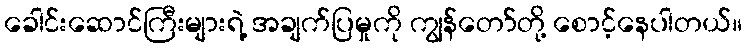
ခေါင်းဆောင်ကြီးများရဲ့ အချက်ပြမှုကို ကျွန်တော်တို့ စောင့်နေပါတယ်။